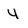
Character: 4